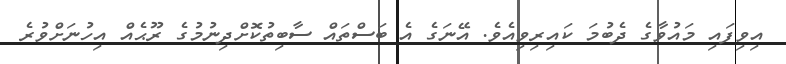
އިވިފައި މައުވާގެ ދެބުމަ ކައިރިވިއެވެ. އޭނަގެ އެ ބަސްތައް ސާބިތުކޮށްދިނުމުގެ ރޫޙެއް އިހުނަށްވުރެ